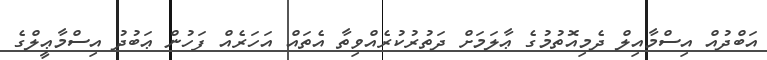
އަބްދުއް އިސްމާއިލް ދެމިއޮތުމުގެ ޢާލަމަށް ދަތުރުކުރެއްވިތާ އެތައް އަހަރެއް ފަހުން ޢަބުދު އިސްމާޢީލްގެ